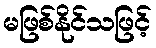
မဖြစ်နိုင်သဖြင့်